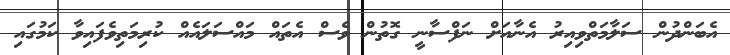
އެބަންދުން ސަލާމަތްވިއިރު އެނާއަށް ނަފްސާނީ ގޮތުން ވެސް އެތައް މައްސަލައެއް ކުރިމަތިވެފައިވާ ކަމުގައި